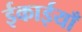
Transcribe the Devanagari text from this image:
ईकाईयाँ